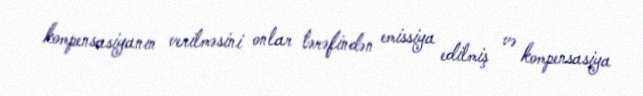
kompensasiyanın verilməsini onlar tərəfindən emissiya edilmiş və kompensasiya